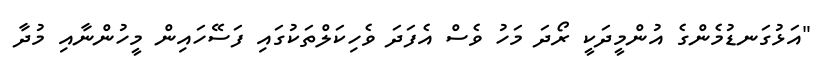
"އަޅުގަނޑުމެންގެ އުންމީދަކީ ރޯދަ މަހު ވެސް އެފަދަ ވެހިކަލްތަކުގައި ފަސޭހައިން މީހުންނާއި މުދާ